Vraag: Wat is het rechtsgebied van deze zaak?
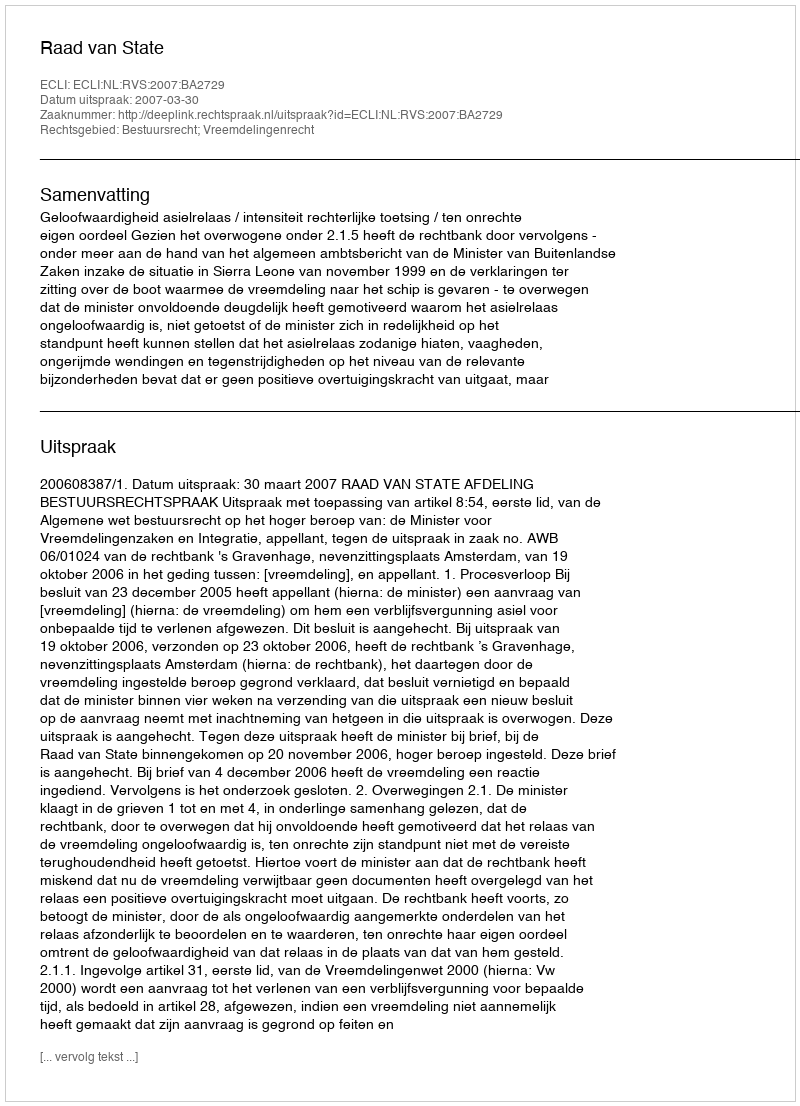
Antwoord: Bestuursrecht; Vreemdelingenrecht